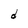
Character: d